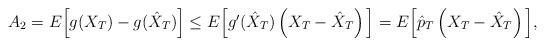
LaTeX: \begin{align*}\begin{array}{lll}A_{2} =E\Big[ g(X_{T})-g(\hat{X}_{T})\Big] \leq E \Big[ g^{\prime}(\hat{X}_{T})\left( X_{T}-\hat{X}_{T}\right) \Big]= E \Big[ \hat{p}_{T}\left( X_{T}-\hat{X}_{T}\right)\Big], \\\end{array}\end{align*}